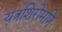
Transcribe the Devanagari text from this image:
यंत्रशिरोमणि